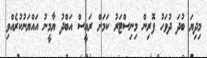
މިދިޔަ ބުދަ ދުވަހު ފޮރިން މިނިސްޓަރު ކަމަށް ރައީސް އަބްދު ޔާމީނު އައްޔަނުކުރެއްވި